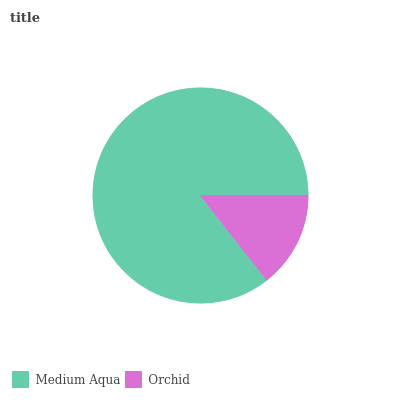
| Medium Aqua | Orchid |
 | --- | --- |
 | 85.6% | 14.4% |